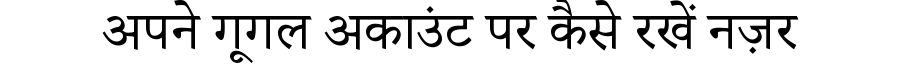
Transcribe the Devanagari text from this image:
अपने गूगल अकाउंट पर कैसे रखें नज़र